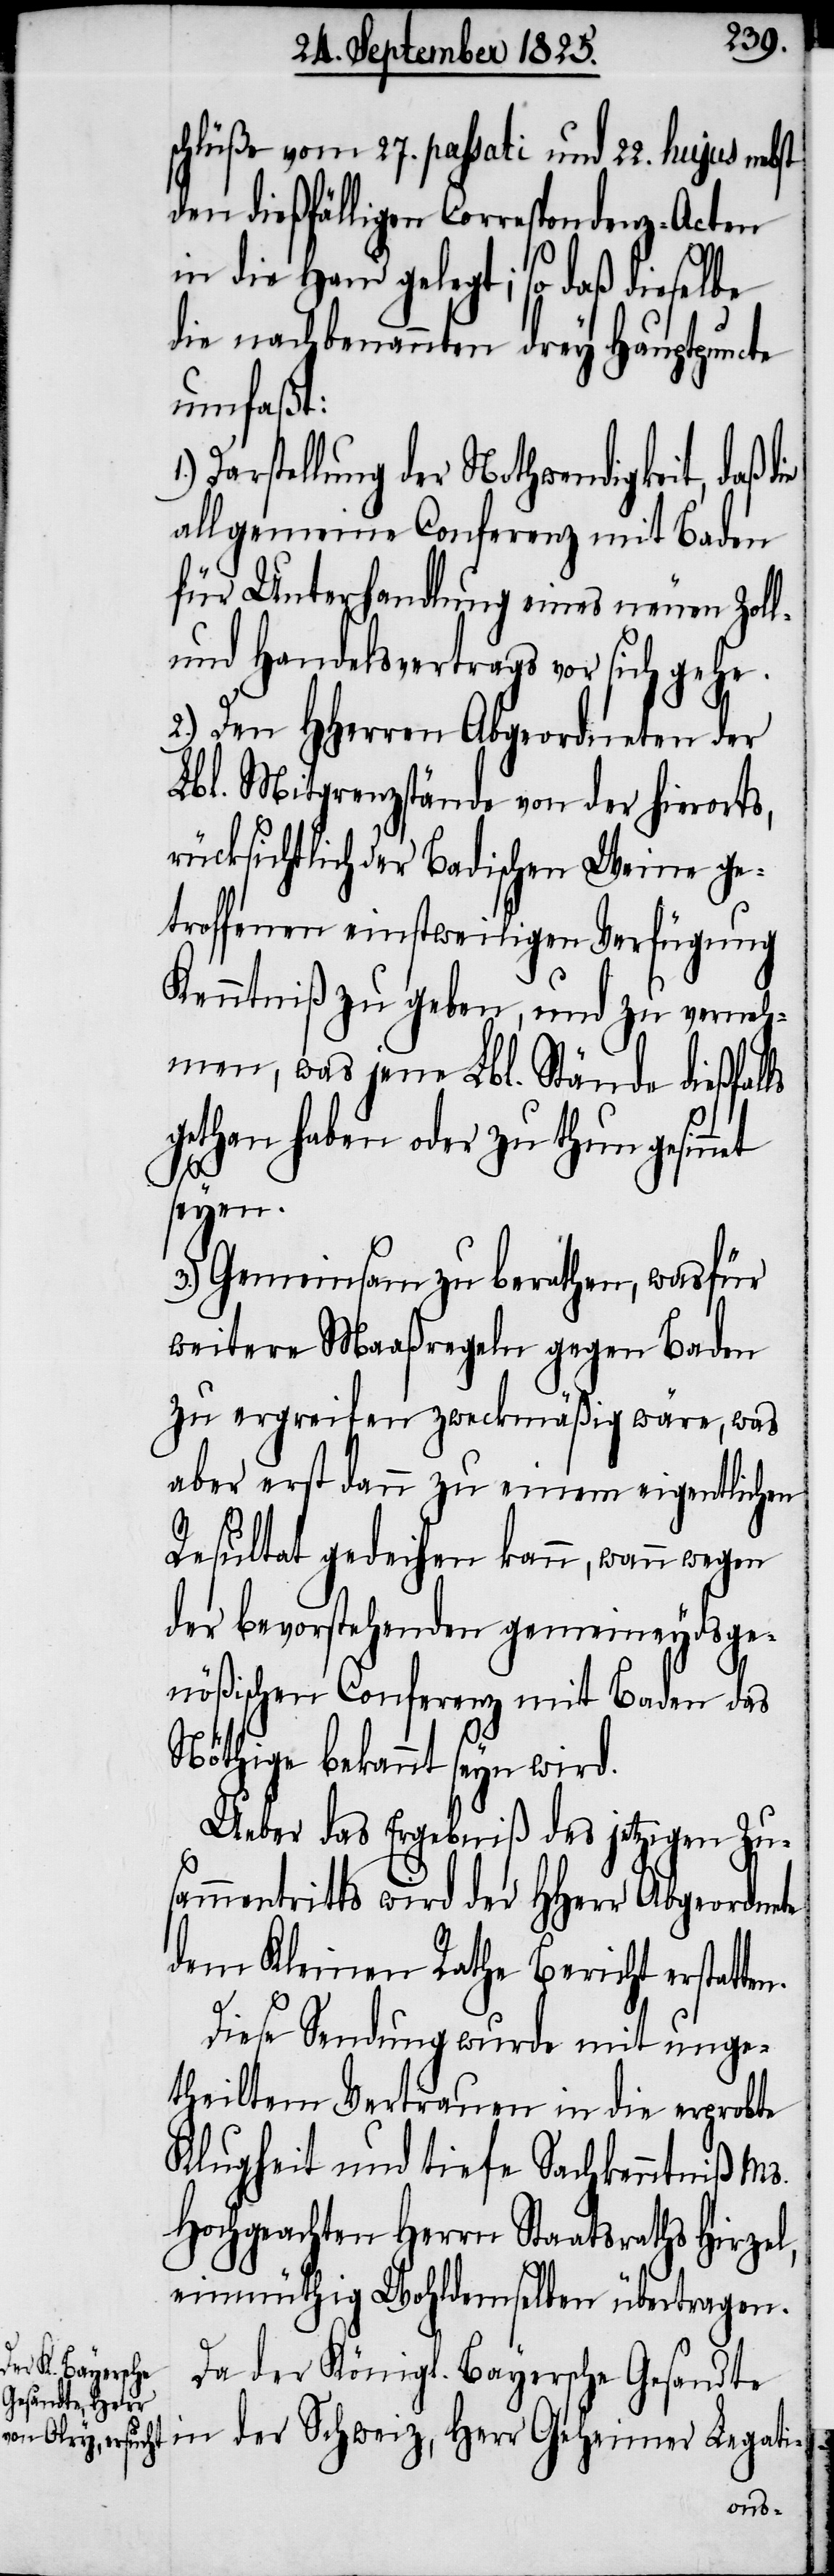
schlüße vom 27. passati und 22. hujus nebst
den dießfälligen Correspondenz-Acten
in die Hand gelegt; so daß dieselbe
die nachbenannten drey Hauptpuncte
umfaßt:
Darstellung der Nothwendigkeit, daß
allgemein Conferenz mit Baden
für Unterhandlung eines neuen Zoll-
und Handelsvertrags vor sich gehe.
2.) Den HHerren Abgeordneten der
Lbl. Mitgrenzstände von der hierorts,
rücksichtlich der Badischen Weine ge¬
troffenen einstweiligen Verfügung
Kenntniß zu geben, und zu verneh¬
men, was jene Lbl. Stände dießfalls
gethan haben oder zu thun gesinn¬
atten.
3.) Gemeinsam zu berathen, was für
weitere Maaßregeln gegen Baden
zu ergreifen zweckmäßig wäre, was
aber erst dann zu einem eigentlichen
Resultat gedeihen kann, wann wegen
der bevorstehenden gemeineydsge¬
nößischen Conferenz mit Baden das
Nöthige bekannt seyn wird.
Ueber das Ergebniß des jetzigen Zu¬
sammentritts wird der HHerr Abgeordnete
dem kleinen Rathe Bericht erst¬
Diese Sendung wurde mit unge¬
theiltem Vertrauen in die erprobte
Klugheit und tiefe Sachkenntniß Ms.
Hochgeachten Herrn Staatsraths Hirzel,
einmüthig Wohldemselben übertragen.
Da der Königl. Bayersche Gesandte
et